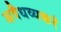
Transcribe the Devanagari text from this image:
अवैधव्यकरं